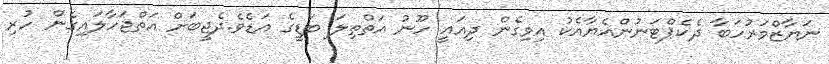
ނަޔާޒްމަރުހަބާ ދެކެޕްޓަނުންއެޔާއެކު އިވިގެން ދިއައީ ހޫނު އަތްތިލަ ބަޑީގެ އަޑެވެ.ދެޖީބަށް އަތްޖަހާލައިގެން ހުރި